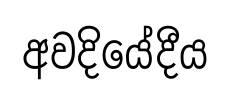
අවදියේදීය